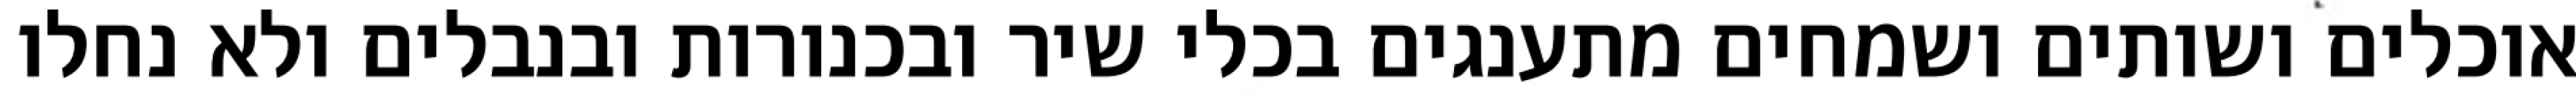
אוכלים ושותים ושמחים מתענגים בכלי שיר ובכנורות ובנבלים ולא נחלו